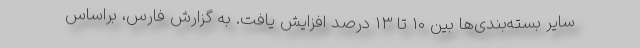
سایر بسته‌بندی‌ها بین 10 تا 13 درصد افزایش یافت. به گزارش فارس، براساس